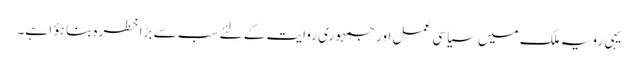
یہی رویہ ملک میں سیاسی عمل اور جمہوری روایت کے لئے سب سے بڑا خطرہ بنا ہؤا ہے۔